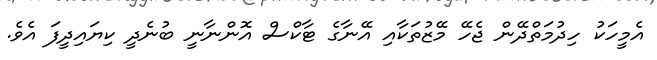
އެމީހަކު ހިދުމަތްދޭން ޖެހޭ މޭޒުތަކާއި އޭނާގެ ޓާކްސް އޮންނާނީ ބުނެދީ ކިޔައިދީފަ އެވެ.